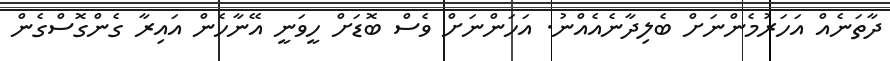
ދާތަނެއް އަހަރުމެންނަށް ބެލިދާނެއެއްނު. އަހަންނަށް ވެސް ބޮޑަށް ހީވަނީ އޭނާހެން އައިރާ ގެންގޮސްގެން